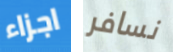
اجزاء نسافر